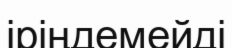
іріңдемейді